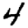
Digit: 4